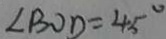
\angle B O D = 4 5 ^ { \circ }